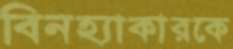
বিনহ্যাকারকে